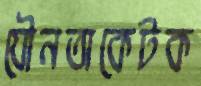
যৌনতাকেটক